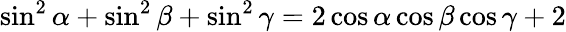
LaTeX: \sin^{2}\alpha+\sin^{2}\beta+\sin^{2}\gamma=2\cos\alpha\cos\beta\cos\gamma+2